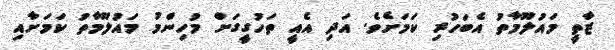
ޒާތީ މައުލޫމާތު އެބަހުރި ކަމަށެވެ. އަދި އެއީ ތަހުގީގަށް މުހިންމު މައުލޫމާތު ކަމަށާއި